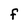
Character: F